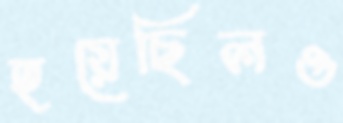
হয়েছিলও